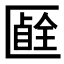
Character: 𠥞